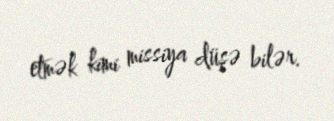
etmək kimi missiya düşə bilər.